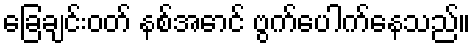
ခြေချင်းဝတ် နစ်အောင် ဗွက်ပေါက်နေသည်။